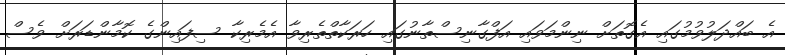
އެ ބައްދަލުވުމުގައި އެގޮތަށް ނިންމަވައި އަފްގާނިސްތާނުގައި ހަރަކާތްތެރިވާ އެމެރިކާ ސިފައިންގެ ކޮމާންޑަރަށް ވެސް